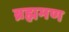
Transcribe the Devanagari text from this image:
ब्रह्ममण